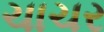
ચાચર